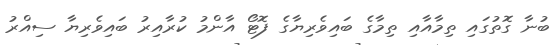
ބުނާ ގޮތުގައި ތިމާއާއި ތިމާގެ ބައިވެރިޔާގެ ފޮޓޯ އާންމު ކުރާއިރު ބައިވެރިޔާ ސިއްރު